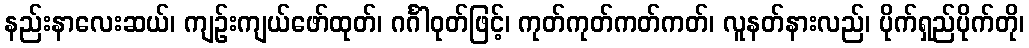
နည်းနာလေးဆယ်၊ ကျဉ်းကျယ်ဖော်ထုတ်၊ ဂင်္ဂါဝုတ်ဖြင့်၊ ကုတ်ကုတ်ကတ်ကတ်၊ လူနတ်နားလည်၊ ပိုက်ရှည်ပိုက်တို၊